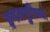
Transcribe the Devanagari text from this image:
इगतपुरीच्या